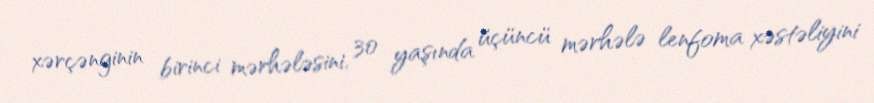
xərçənginin birinci mərhələsini, 30 yaşında üçüncü mərhələ lenfoma xəstəliyini